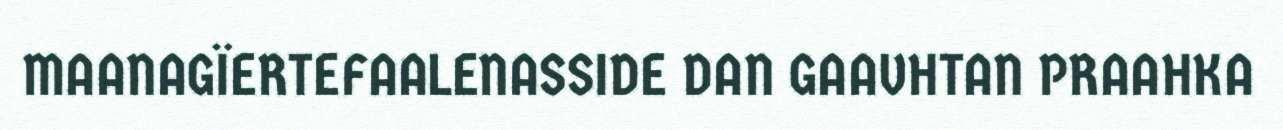
MAANAGÏERTEFAALENASSIDE DAN GAAVHTAN PRAAHKA